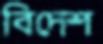
বিদেশ